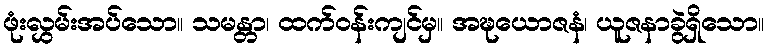
ဖုံးလွှမ်းအပ်သော။ သမန္တာ၊ ထက်ဝန်းကျင်မှ။ အဍ္ဎယောဇနံ၊ ယူဇနာခွဲရှိသော။